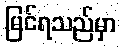
မြင်ရသည်မှာ